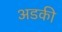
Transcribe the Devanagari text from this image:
अडकी